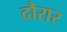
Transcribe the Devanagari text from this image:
दौरार